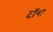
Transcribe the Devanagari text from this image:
टाॅस